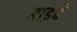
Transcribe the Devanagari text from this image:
बाइवे